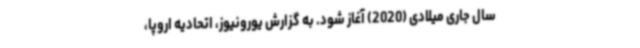
سال جاری میلادی (2020) آغاز شود. به گزارش یورونیوز، اتحادیه اروپا،